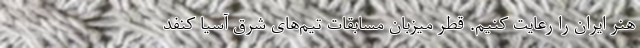
هنر ایران را رعایت کنیم. قطر میزبان مسابقات تیم‌های شرق آسیا کنفد